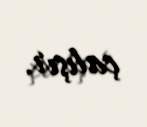
çalışır.